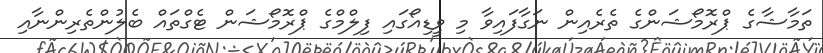
ތަމާޝާގެ ޕްރޮމޯޝަންގެ ތެރެއިން ނަގާފައިވާ މި ވީޑިއޯގައި ފިލްމްގެ ޕްރޮމޯޝަން ޓެގްތައް ބެލުންތެރިންނާއި